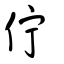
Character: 佇